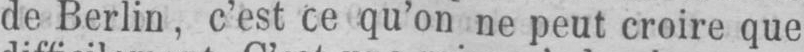
de Berlin, c’est ce qu’on ne peut croire que